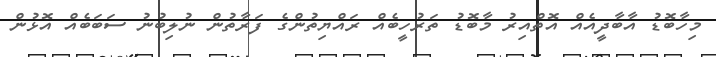
މިހާބޮޑު އާބާދީއެއް އޮތްއިރު މާބޮޑު ތަރުހީބެއް ރައްޔިތުންގެ ފަރާތުން ނުލިބުނު ސަބަބެއް އޮޅުން